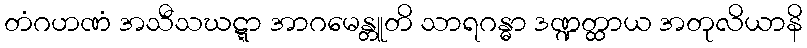
တံဂဟဏံ အသီသဃဋ္ဋာ အာဂမေန္တူတိ သာရဂန္ဓာ ဒဏ္ဍတ္ထာယ အတုလိယာနိ